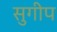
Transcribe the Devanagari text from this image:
सुगीप